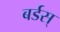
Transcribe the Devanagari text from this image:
बर्डस्